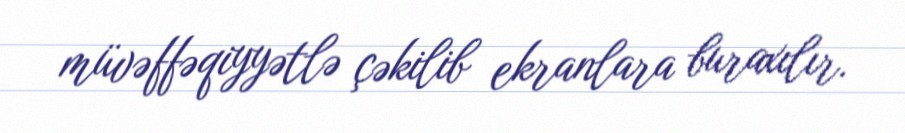
müvəffəqiyyətlə çəkilib ekranlara buraxılır.